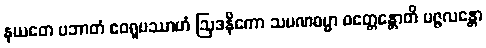
နယတေ ပဘာတံ ဧဝရူပဿာဟံ ဩဒနိကော သမဏဓမ္မာ ဝတ္တေန္တောတိ ပဇ္ဇလန္တော